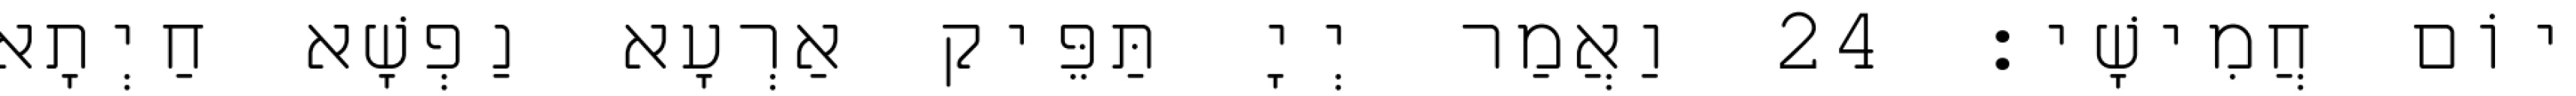
יוֹם חֲמִישָׁי׃ 24 וַאֲמַר יְיָ תַּפֵּיק אַרְעָא נַפְשָׁא חַיְתָא